Scottish Leaving Certificate Examination, 1955
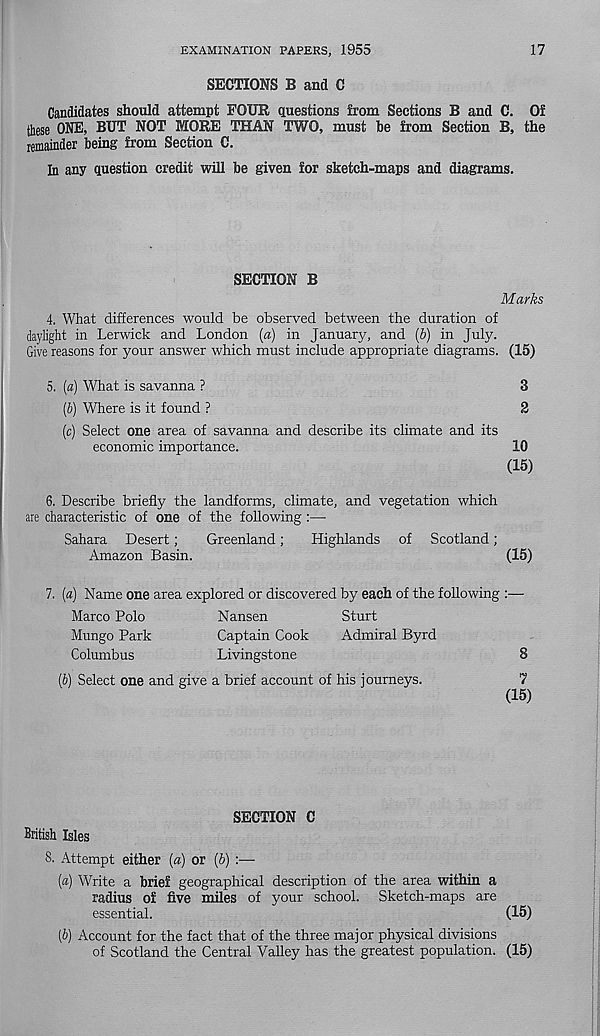
EXAMINATION PAPERS, 1955
17
SECTIONS B and C
Candidates should attempt FOUR questions from Sections B and C. Of
fliese ONE, BUT NOT MORE THAN TWO, must be from Section B, the
remainder being from Section C.
In any question credit will be given for sketch-maps and diagrams.
SECTION B
Marks
4. What differences would be observed between the duration of
daylight in Lerwick and London (a) in January, and [b) in July.
Give reasons for your answer which must include appropriate diagrams. (15)
5. (a) What is savanna ?
3
(&) Where is it found ?
2
(c) Select one area of savanna and describe its climate and its
economic importance.
10
(15)
6. Describe briefly the landforms, climate, and vegetation which
are characteristic of one of the following :—
Sahara Desert;
Greenland;
Highlands of Scotland;
Amazon Basin.
(15)
7. (a) Name one area explored or discovered by each of the following :—
Marco Polo
Nansen
Sturt
Mungo Park
Captain Cook
Admiral Byrd
Columbus
Livingstone
8
(5) Select one and give a brief account of his journeys.
7
(15)
British Isles
SECTION C
8. Attempt either («) or [b) :—•
[a) Write a brief geographical description of the area within a
radius of five miles of your school. Sketch-maps are
essential.
[b) Account for the fact that of the three major physical divisions
of Scotland the Central Valley has the greatest population.
(15)
(15)